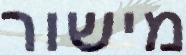
מישור